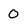
Character: O